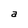
Character: a